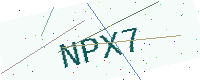
Text: NPX7